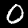
Label: 0